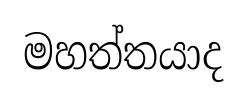
මහත්තයාද